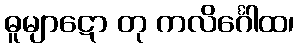
ဓူမျာဋော တု ကလိင်္ဂေါထ၊